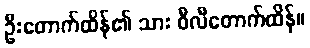
ဦးတောက်ထိန်၏ သား ဝီလီတောက်ထိန်။